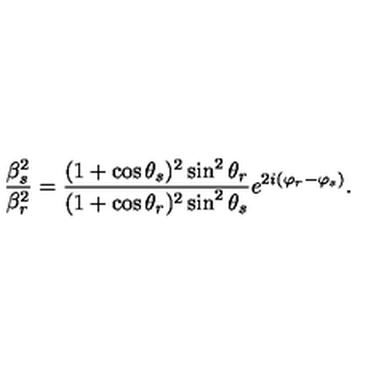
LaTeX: \frac { \beta _ { s } ^ { 2 } } { \beta _ { r } ^ { 2 } } = \frac { ( 1 + \cos \theta _ { s } ) ^ { 2 } \sin ^ { 2 } \theta _ { r } } { ( 1 + \cos \theta _ { r } ) ^ { 2 } \sin ^ { 2 } \theta _ { s } } e ^ { 2 i ( \varphi _ { r } - \varphi _ { s } ) } .